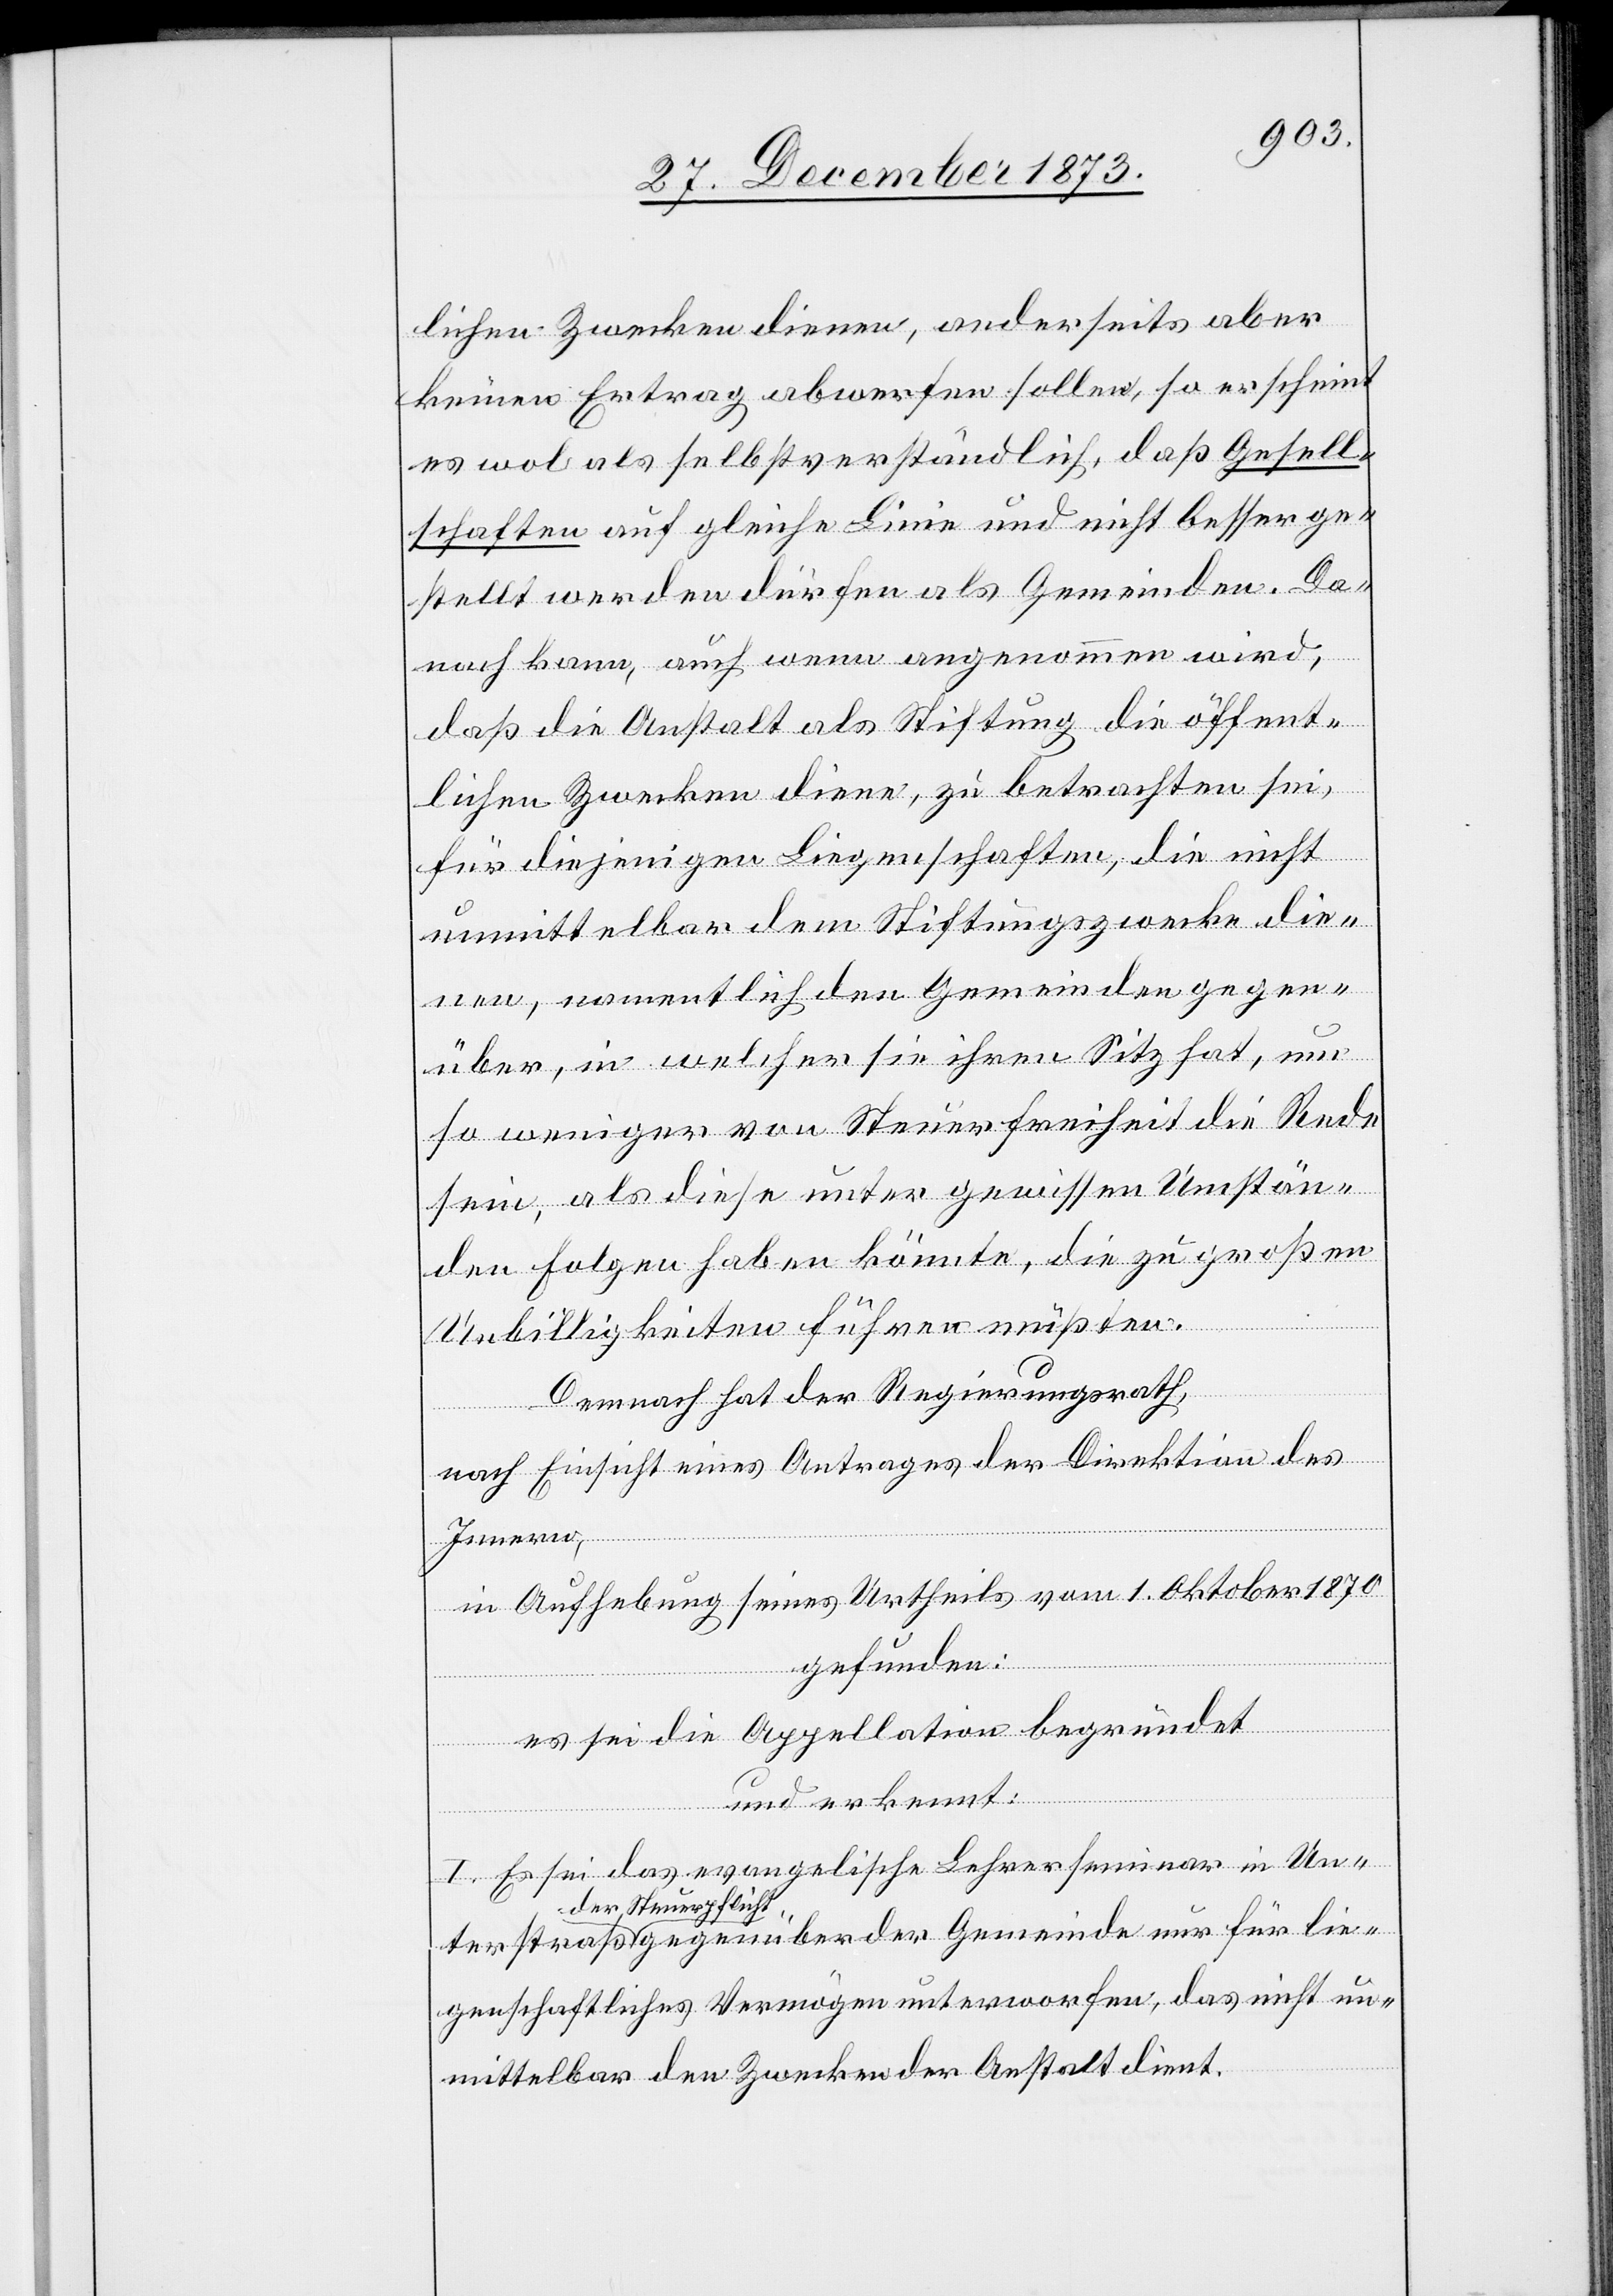
lichen Zwecken dienen, anderseits aber
keinen Ertrag abwerfen sollen, so erscheint
es wol als selbstverständlich, daß Gesell¬
schaften auf gleiche Linie und nicht besser ge¬
stellt werden dürfen als Gemeinden. Da¬
nach kann, auch wenn angenommen wird,
daß die Anstalt als Stiftung, die öffent¬
lichen Zwecken diene, zu betrachten sei,
für diejenigen Liegenschaften, die nicht
unmittelbar dem Stiftungszwecke die¬
nen, namentlich den Gemeinden gegen¬
über, in welcher [sic!] sie ihren Sitz hat, um
so weniger von Steuerfreiheit die Rede
sein, als diese unter gewissen Umstän¬
den Folgen haben könnte, die zu großen
nur
Unbilligkeiten führen müßten.
Demnach hat der Regierungsrath,
gegen¬
nach Einsicht eines Antrages der Direktion des
Innern,
in Aufhebung seines Urtheils vom 1. Oktober 1870
gefunden:
es sei die Appellation begründet
Geme¬
und erkennt:
für lie¬
I. Es sei das evangelische Lehrerseminar in Un¬
der Steuerpflicht
genschaftliches Vermögen unterworfen, das nicht un¬
mittelbar den Zwecken der Anstalt dient.